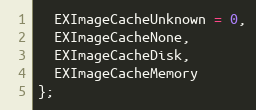
Language: C
  EXImageCacheUnknown = 0,
  EXImageCacheNone,
  EXImageCacheDisk,
  EXImageCacheMemory
};